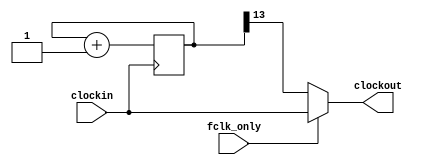
`timescale 1ns / 1ps
`default_nettype none
//////////////////////////////////////////////////////////////////////////////////
// Company: Ratner Surf Designs
// 
// Design Name: 
// Module Name: clk_2n_div_test
// Project Name: 
// Target Devices: 
// Tool Versions: 
// Description: Divides clock by 2^n. Allows for no clock division
//              or clock division based on fclk_only input. 
// 
//              fclk_only = 1 ==> outputs the input clock signal
//              fclk_only = 0 ==> outputs the divided clock signal
//
// Usage: 
//
//      clk_2n_div_test #(.n(25)) MY_DIV (
//          .clockin (my_clk_in), 
//          .fclk_only (1),          
//          .clockout (my_clk_out)   );  
// 
// Dependencies: 
// 
// Dependencies: 
// 
// Revision:
// Revision 1.00 - (12-05-2019) File Created
// 
// Additional Comments:
// 
//////////////////////////////////////////////////////////////////////////////////


module clk_2n_div_test(
   input wire clockin, 
   input wire fclk_only,   
   output reg clockout);  

    parameter n = 13; 
    reg [n:0] count; 

    always@(posedge clockin) 
    begin 
        count <= count + 1; 
    end 

    always @ (*)
    begin
       if (fclk_only == 1)
          clockout = clockin; 
       else
          clockout = count[n]; 
    end
	
endmodule

`default_nettype wire